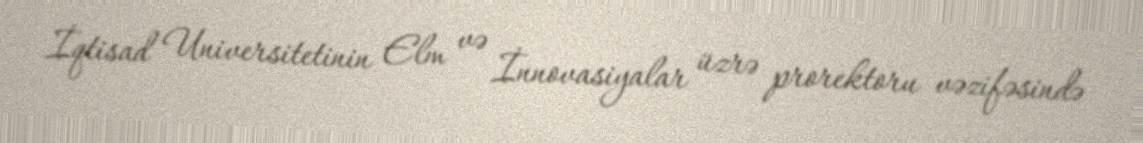
İqtisad Universitetinin Elm və İnnovasiyalar üzrə prorektoru vəzifəsində